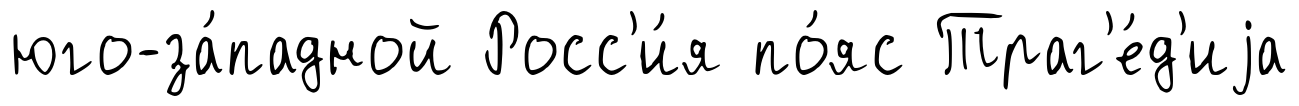
юго-за́падной Росс'и́я по́яс Траг'е́д'иjа